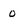
Character: o